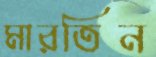
মারতিন